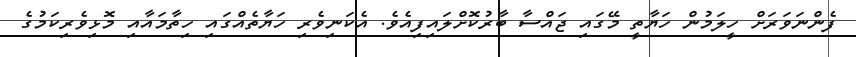
ފެންނަވަރަށް ހީލަމުން ހަޔާތީ މޭގައި ޖައްސާ ބާރުކޮށްލައިފިއެވެ. އެކަނިވެރި ހަޔާތެއްގައި ހިތާމައާއި މޮޅިވެރިކަމުގެ